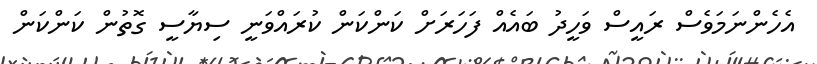
އެހެންނަމަވެސް ރައީސް ވަހީދު ބައެއް ފަހަރަށް ކަންކަން ކުރައްވަނީ ސިޔާސީ ގޮތުން ކަންކަން